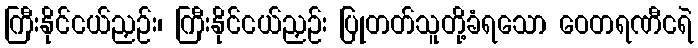
ကြီးနိုင်ငယ်ညှဉ်း၊ ကြီးနိုင်ငယ်ညှဉ်း ပြုတတ်သူတို့ခံရသော ဝေတရဏီငရဲ